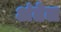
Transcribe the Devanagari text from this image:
अंतेल